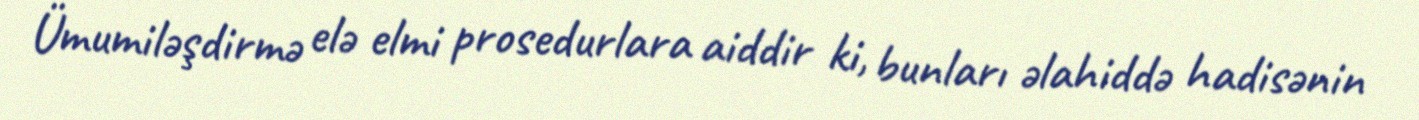
Ümumiləşdirmə elə elmi prosedurlara aiddir ki, bunları əlahiddə hadisənin